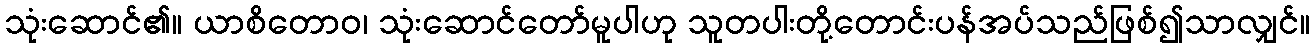
သုံးဆောင်၏။ ယာစိတောဝ၊ သုံးဆောင်တော်မူပါဟု သူတပါးတို့တောင်းပန်အပ်သည်ဖြစ်၍သာလျှင်။